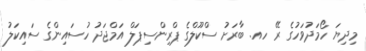
މިދިޔަ ހޯމަދުވަހުގެ ރޭ ހއ. ބާރަށު ސްކޫލްގެ ޕްރިންސިޕަލް އަމްޖަދު ހުސައިންގެ ސައިކަލު